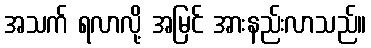
အသက် ရလာလို့ အမြင် အားနည်းလာသည်။